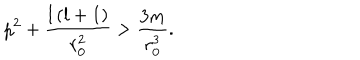
LaTeX: p ^ { 2 } + \frac { l \left( l + 1 \right) } { r _ { 0 } ^ { 2 } } > \frac { 3 m } { r _ { 0 } ^ { 3 } } .